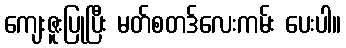
ကျေးဇူးပြုပြီး မတ်စတဒ်လေးကမ်း ပေးပါ။